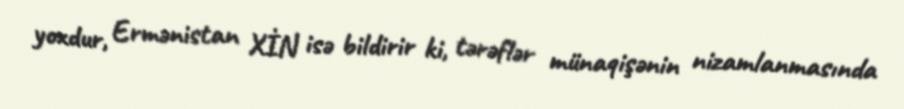
yoxdur, Ermənistan XİN isə bildirir ki, tərəflər münaqişənin nizamlanmasında